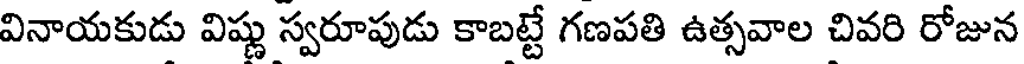
వినాయకుడు విష్ణు స్వరూపుడు కాబట్టే గణపతి ఉత్సవాల చివరి రోజున